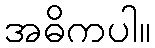
အဓိကပါ။